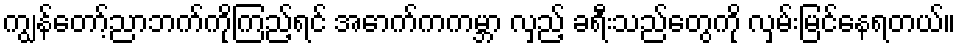
ကျွန်တော့်ညာဘက်ကိုကြည့်ရင် အောက်ကကမ္ဘာ လှည့် ခရီးသည်တွေကို လှမ်းမြင်နေရတယ်။